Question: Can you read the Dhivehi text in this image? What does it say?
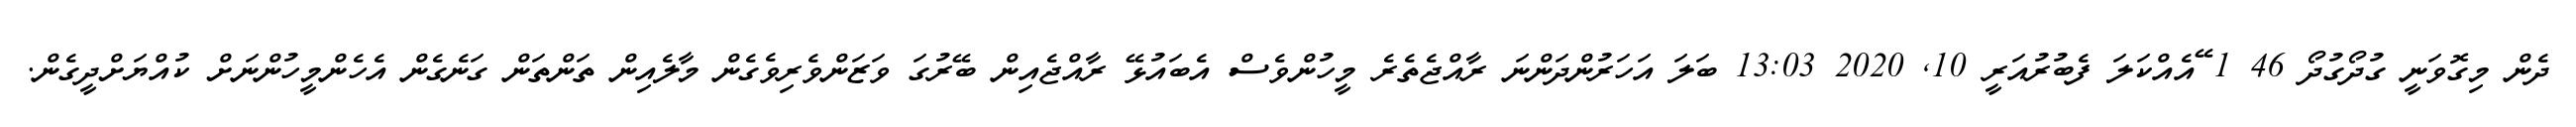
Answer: ދެން މިގޮވަނީ ގުދޯގުދޯ 46 1 ޭއެއްކަލަ ފެބުރުއަރީ 10, 2020 13:03 ބަލަ އަހަރުންދަންނަ ރާއްޖެތެރެ މީހުންވެސް އެބައުޅޭ ރާއްޖެއިން ބޭރުގަ ވަޒަންވެރިވެގެން މާލެއިން ތަންތަން ގަނެގެން އެހެންމީހުންނަށް ކުއްޔަށްދީގެން.